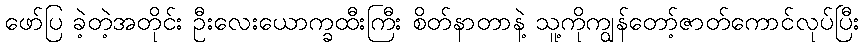
ဖော်ပြ ခဲ့တဲ့အတိုင်း ဦးလေးယောက္ခထီးကြီး စိတ်နာတာနဲ့ သူ့ကိုကျွန်တော့်ဇာတ်ကောင်လုပ်ပြီး